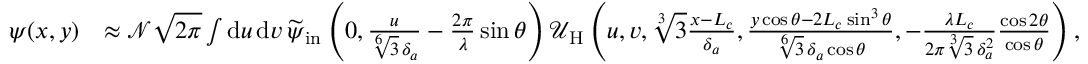
\begin{array} { r l } { \psi ( x , y ) } & { \approx \mathcal { N } \sqrt { 2 \pi } \int \mathrm { d } u \, \mathrm { d } v \, \smash { \widetilde { \psi } } _ { \mathrm { i n } } \left( 0 , \frac { u } { \sqrt [ 6 ] { 3 } \, \delta _ { a } } - \frac { 2 \pi } { \lambda } \sin \theta \right) \mathcal { U } _ { \mathrm { H } } \left( u , v , \sqrt [ 3 ] { 3 } \frac { x - L _ { c } } { \delta _ { a } } , \frac { y \cos \theta - 2 L _ { c } \sin ^ { 3 } \theta } { \sqrt [ 6 ] { 3 } \, \delta _ { a } \cos \theta } , - \frac { \lambda L _ { c } } { 2 \pi \sqrt [ 3 ] { 3 } \, \delta _ { a } ^ { 2 } } \frac { \cos 2 \theta } { \cos \theta } \right) , } \end{array}